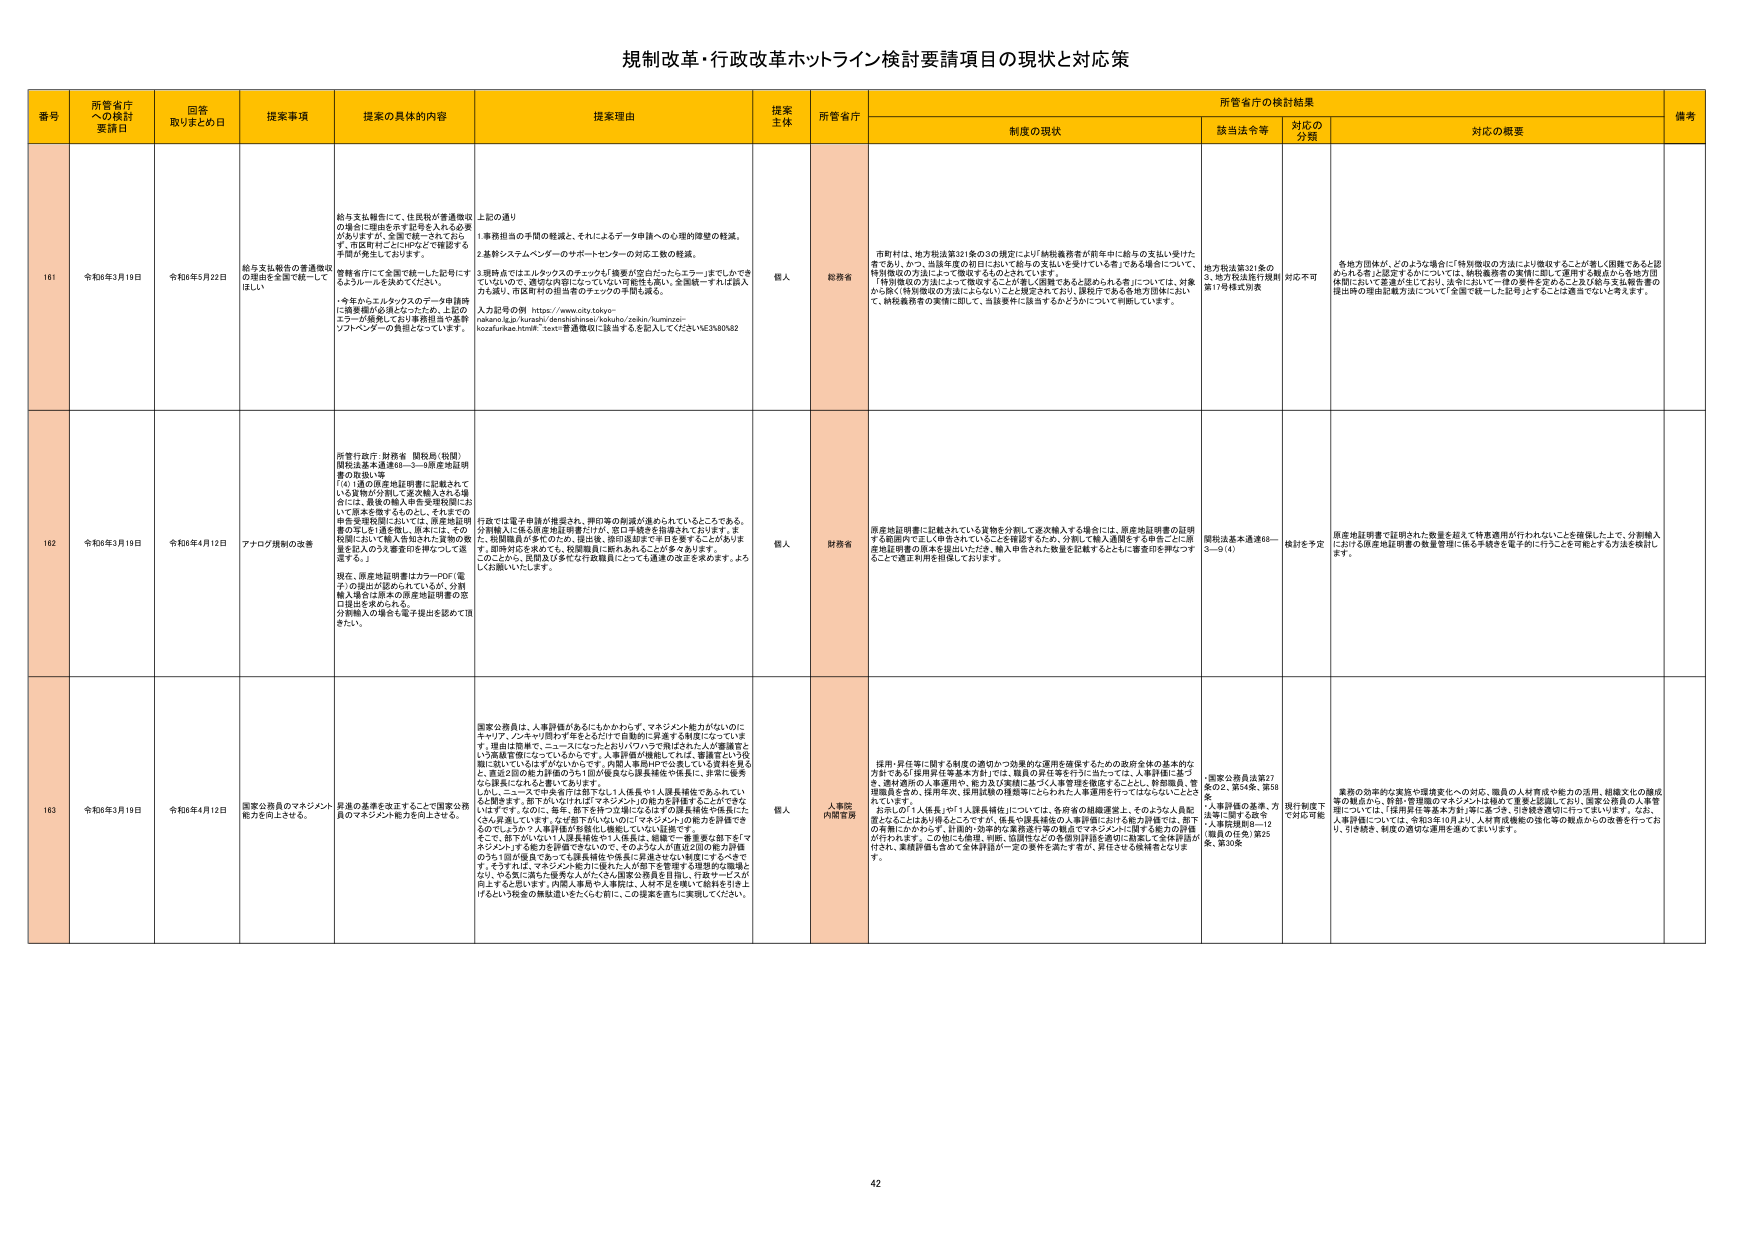
規制改革・行政改革ホットライン検討要請項目の現状と対応策

番号 所管省庁への検討要請日 回答取りまとめ日 提案事項 提案の具体的内容 提案理由 提案主体 所管省庁 所管省庁の検討結果 備考
制度の現状 該当法令等 対応の分類 対応の概要

161 令和6年3月19日 令和6年5月22日 給与支払報告の書面徴収の理由を全国で統一してほしい 給与支払報告にて、住民税が書面徴収の場合に理由を示す記号を入れる必要がありますが、全国で統一されておらず、市役所ＨＰにＨＰなどで掲載する手間が発生しております。 管理省庁にて全国で統一した記号にするようルールを決めてください。 ・今年からエムタックスのデータ申請時に携帯端が必須となったため、上記のエラーが頻発しており事務担当や基幹ソフトベンダーの負担となっています。 上記の通り 1.事務担当の手間の軽減と、それによるデータ申請への心理的障壁の軽減。 2.基幹システムベンダーのサポートセンターの対応工数の軽減。 3.現時点ではエムタックスのチェックも「複数が空白だったらエラー」までしかできていないので、複数が該当になっていない可能性も高い。全額納へすれば納入力も減り、市役所ＨＰの担当者のチェックの手間も減る。 入力記号の例 https://www.city.tokyo- nakano.lg.jp/kurashi/denshininou/taikai/sekkin/kumitosei- kozai/sirabe.html#h-text-書面徴収に該当するを記入してくださいME3680482 個人 総務省 市町村は、地方税法第321条の3の規定により「納税義務者が前年中に給与の支払い受けた者であり、かつ、当該年度の初日ににおいて給与の支払いを受けている者」である場合について、特別徴収の方法によって徴収するものとされています。 「特別徴収の方法によって徴収することができる者」（同条であると認められる者）については、対象から除く（特別徴収の方法によらない）ことと規定されており、課税庁である各地方団体において、納税義務者の実情に即して、当該要件に該当するかどうかについて判断しています。 地方税法第321条の3、地方税法施行規則第17号様式別表 対応不可 各地方団体が、どのような場合に「特別徴収の方法により徴収することが著しく困難であると認められる者」と認定するかについては、納税義務者の実情に即して運用する観点から各地方団体間において差違が生じており、法令において一律の要件を定めること及び給与支払報告書の提出時の理由記載方法について「全国で統一した記号」にすることは適当でないと考えます。

162 令和6年3月19日 令和6年4月12日 アナログ規制の改善 所管行政庁：財務省 関係局（税関） 国税法基本通達68－3－9原産地証明書の取扱い等 「(4) 1通の原産地証明書に記載されて いる貨物が分割して逐次輸入される場 合には、最後の輸入申告受理段階にお いて原本を廃するものとし、それまでの 申告受理段階においては、原産地証明 書の写しを1通を備え、原本には、その 段階における輸入申告された貨物の数 量を記入のうえ審査印を押すことで運 用する。」 現在、原産地証明書はカラーPDF（電 子）の提出が認められているが、分割 輸入場合は原本の原産地証明書の窓 口提出を求められる。 分割輸入の場合も電子提出を認めて頂 きたい。 行政では電子申請が推奨され、押印等の制渡が進められているところである。 分割輸入に係る原産地証明書だけが、窓口手続きを指導されております。ま た、証明書員が多忙のため、提出後、押印返却まで半日要することがあります。 同時対応を求めても、税関職員に断れるからことが多々あります。 このことから、民間及び多忙な行政職員にとっても通達の改正を求めます。よろ しくお願いいたします。 個人 財務省 原産地証明書に記載されている貨物を分割して逐次輸入する場合には、原産地証明書の証明する範囲内で正しく申告されていることを確認するため、分割して輸入適用をする申告ごとに原産地証明書の原本を提出いただき、輸入申告された数量を記載するとともに審査印を押印する ことで適正利用を担保しております。 国税法基本通達68－3－9（4） 検討を予定 原産地証明書で証明された数量を超えて特恵適用が行われないことを確保した上で、分割輸入における原産地証明書の数量管理に係る手続きを電子的に行うことを可能とする方法を検討します。

163 令和6年3月19日 令和6年4月12日 国家公務員のマネジメント能力を向上させる。 異動の基準を改正することで国家公務員のマネジメント能力を向上させる。 国家公務員は、人事評価があるにもかかわらず、マネジメント能力がないのにキャリア、ノンキャリア問わず年をとるだけで自動的に昇進する制度になっています。理由は簡単で、エースになったらおけりハマで飛ばされた人が管理官という高級官僚になっているからです。人事評価が継続してれば、報酬要請という役職に就いているはずがないのです。内閣人事局が中心にされている資料を参考に、真正2回の能力評価のうち1回が優良から優良補佐や係長に、非常に優秀なら課長になれる案もでおります。 しかし、ここででも昇任手続では1.1人係長や1人課長補佐であれてい ると間違えます。即「おけりだけはば「マネジメント」の能力を評価することができないはずです。なので、毎年、即下が持つ立場になるはずの課長補佐や係長にたくさん昇進しています。なぜ前下がいないのだけ「マネジメント」の能力を評価できるのでしょうか？人事評価が登録化し機能していない証拠です。 そこで、即下がいない1人課長補佐や1人係長は、組織で一事業を担下を「マネジメント」する能力を評価できないので、そのような人が直近2回の能力評価のうち1回が優良であっても課長補佐や係長に昇進させない処置にするべきです。そうすれば、マネジメント能力に優れた人が部下を管理する理想的な職場となり、やる気二満たの優秀な人がたくさん国家公務員を目指し、行政サービスが向上すると思います。内閣人事局や人事院は、人材不足を解いて給料を引き上げるという税金の無駄遣いをたくさん前に、この提案を直ちに実現してください。 個人 人事院 内閣官房 ・採用・昇任等に関する制度の適切かつ効果的な運用を確保するための政府全体の基本的な方針である「採用昇任等基本方針」では、職員の昇任等を行うに当たっては、人事評価に基づき、選材適所の人事運用や、能力及び実績に基づく人事管理を徹底することとし、幹部職員、管理職員を含め、採用監査、採用以降の進捗等にわたる全人事運用を行うこととしており ています。 ・上記の通り「人係長」や「1人課長補佐」については、各府省の組織運営上、そのような人員配置となることはあり得るところですが、係長や課長補佐の人事評価における能力評価では、部下の有無にかかわらず、計画的・効率的な業務遂行等の観点でマネジメントに関する能力の評価が行われます。この際にも周囲、同僚、協調性などの各個別評価を適切に勘案して全体評価が 付けされ、業績評価も含めて全体評価が一定の要件を満たす者が、昇任させる候補者となりま す。 ・国家公務員法第27条の2、第54条、第58条 ・人事評価の基準、方法等に関する政令 ・人事官規則8－12（職員の任免）第25条、第30条 現行制度下で対応可能 要件の効率的な実施や環境変化への対応、職員の人材育成や能力の活用、組織文化の醸成等の観点から、幹部・管理職のマネジメントは極めて重要と認識しており、国家公務員の人事管理については、「採用昇任等基本方針」等に基づき、引き続き適切に行ってまいります。なお、人事評価については、令和3年10月より、人材育成機能の強化等の観点からの改善を行っており、引き続き、制度の適切な運用を進めてまいります。

42